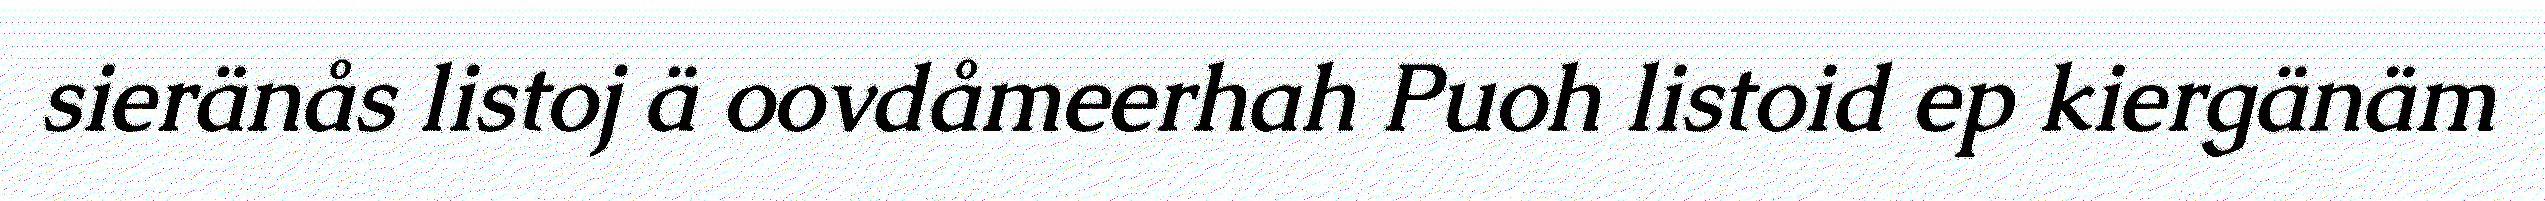
sieränås listoj ä oovdåmeerhah Puoh listoid ep kiergänäm